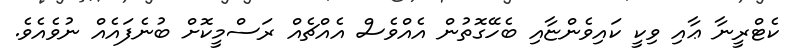
ކެޓްރީނާ ޢާއި ވިކީ ކައިވެންޏާއި ބެހޭގޮތުން އެއްވެސް އެއްޗެއް ރަސްމީކޮށް ބުނެފައެއް ނުވެއެވެ.